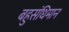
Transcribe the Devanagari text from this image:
बहुसंधिमान